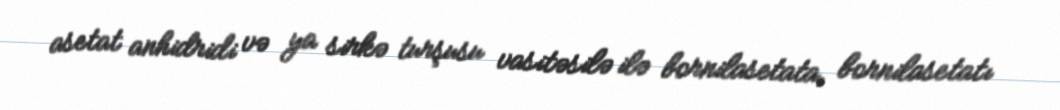
asetat anhidridi və ya sirkə turşusu vasitəsilə ilə bornilasetata, bornilasetatı